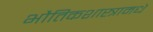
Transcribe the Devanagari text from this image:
भौतिकशास्त्रामधे